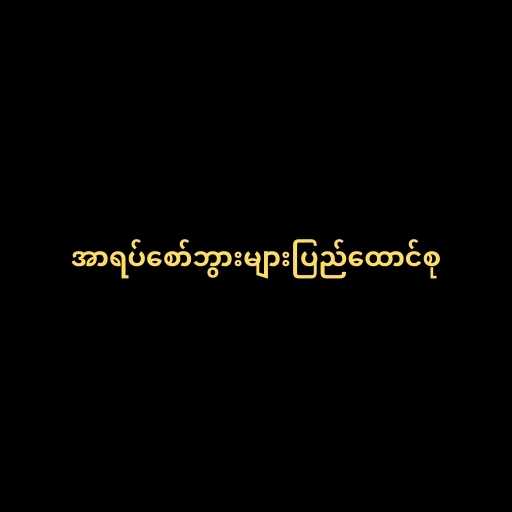
အာရပ်စော်ဘွားများပြည်ထောင်စု